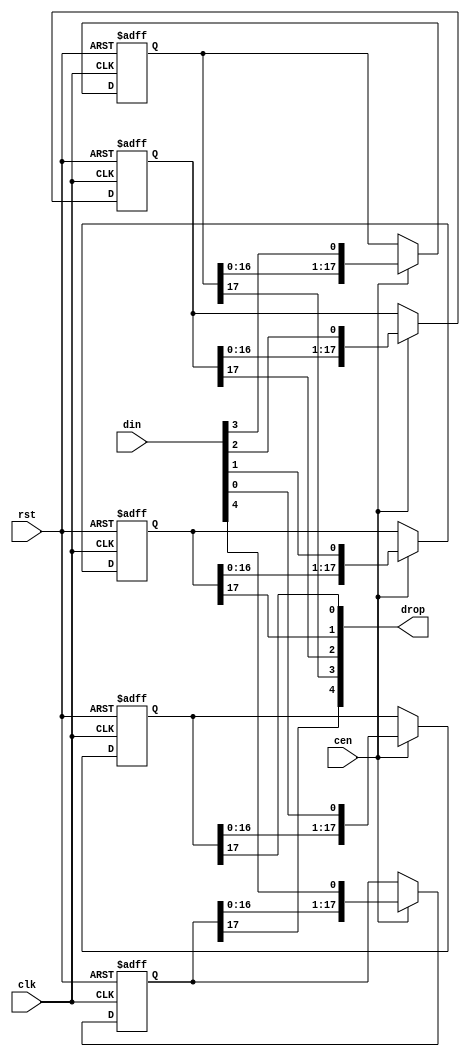
/*  This file is part of JTOPL.

    JTOPL is free software: you can redistribute it and/or modify
    it under the terms of the GNU General Public License as published by
    the Free Software Foundation, either version 3 of the License, or
    (at your option) any later version.

    JTOPL is distributed in the hope that it will be useful,
    but WITHOUT ANY WARRANTY; without even the implied warranty of
    MERCHANTABILITY or FITNESS FOR A PARTICULAR PURPOSE.  See the
    GNU General Public License for more details.

    You should have received a copy of the GNU General Public License
    along with JTOPL.  If not, see <http://www.gnu.org/licenses/>.

	Author: Jose Tejada Gomez. Twitter: @topapate
	Version: 1.0
	Date: 13-6-2020
	*/

// stages must be greater than 2
module jtopl_sh_rst #(parameter width=5, stages=18, rstval=1'b0 )
(
	input	wire				rst,	
	input 	wire				clk,
	input	wire				cen,
	input	wire	[width-1:0]	din,
   	output	wire	[width-1:0]	drop
);

reg [stages-1:0] bits[width-1:0];

genvar i;
integer k;
generate
initial
	for (k=0; k < width; k=k+1) begin
		bits[k] = { stages{rstval}};
	end
endgenerate

generate
	for (i=0; i < width; i=i+1) begin: bit_shifter
		always @(posedge clk, posedge rst) 
			if( rst ) begin
				bits[i] <= {stages{rstval}};
			end else if(cen) begin
				bits[i] <= {bits[i][stages-2:0], din[i]};
			end
		assign drop[i] = bits[i][stages-1];
	end
endgenerate

endmodule